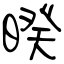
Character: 暌